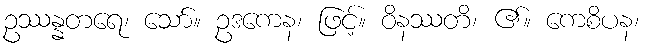
ဥဿန္နတရေ၊ သော်။ ဥဒကေန၊ ဖြင့်။ ဝိနဿတိ၊ ၏။ ကေစိပန၊